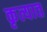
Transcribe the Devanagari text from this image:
कृत्यात